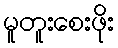
မူတူးစေးဖိုး